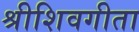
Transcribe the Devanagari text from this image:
श्रीशिवगीता